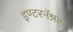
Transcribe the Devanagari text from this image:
इण्टरनॅश्नल